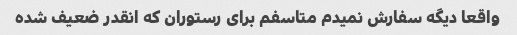
واقعا دیگه سفارش نمیدم متاسفم برای رستوران که انقدر ضعیف شده